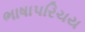
ભાષાપરિચય